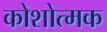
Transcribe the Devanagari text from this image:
कोशोत्मक